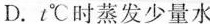
D. t℃时蒸发少量水